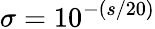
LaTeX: \sigma=10^{-(s/20)}